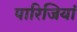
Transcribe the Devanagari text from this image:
पारिजियां